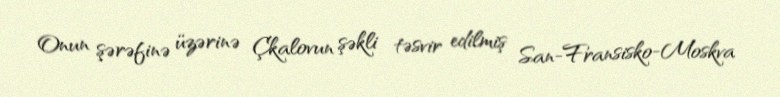
Onun şərəfinə üzərinə Çkalovun şəkli təsvir edilmiş San-Fransisko-Moskva